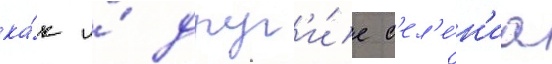
ка́к и́ друг'и́е с'ел'е́н'иа